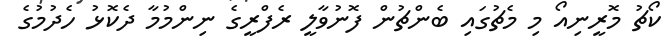
ކޯޗު މޮރީނިއޯ މި މެޗުގައި ބެންޗުން ފޮނުވާލީ ރެފްރީގެ ނިންމުމާ ދެކޮޅު ހެދުމުގެ